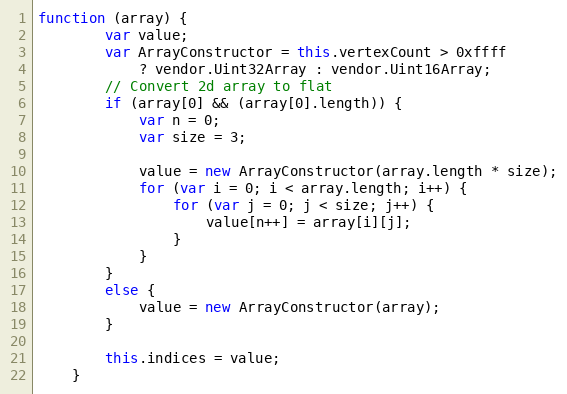
Language: JavaScript
function (array) {
        var value;
        var ArrayConstructor = this.vertexCount > 0xffff
            ? vendor.Uint32Array : vendor.Uint16Array;
        // Convert 2d array to flat
        if (array[0] && (array[0].length)) {
            var n = 0;
            var size = 3;

            value = new ArrayConstructor(array.length * size);
            for (var i = 0; i < array.length; i++) {
                for (var j = 0; j < size; j++) {
                    value[n++] = array[i][j];
                }
            }
        }
        else {
            value = new ArrayConstructor(array);
        }

        this.indices = value;
    }